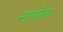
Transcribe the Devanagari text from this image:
सायीला